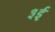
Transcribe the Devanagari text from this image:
३ई